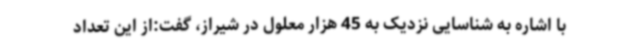
با اشاره به شناسایی نزدیک به 45 هزار معلول در شیراز، گفت:از این تعداد